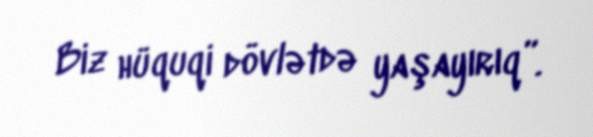
Biz hüquqi dövlətdə yaşayırıq”.